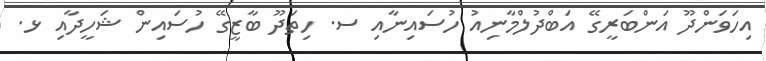
އިހަވަންދޫ އަންބަރީގޭ އަބްދުލްމާނިއު ހުސައިނާއި ސ. ހިތަދޫ ބާޒީގޭ ހުސައިން ޝަހީދާއި ޅ.